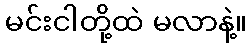
မင်းငါတို့ထဲ မလာနဲ့။